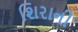
શિરાની